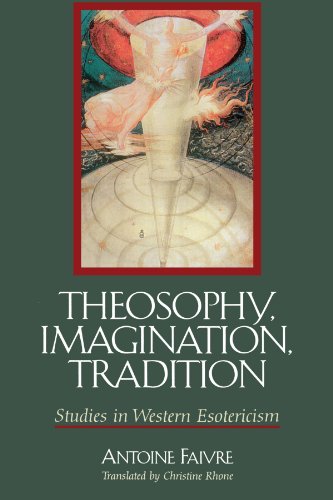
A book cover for Theosophy, Imagination, Tradition: Studies in Western Esotericism (Suny Series in Western Esoteric Traditions); Antoine Faivre; Religion & Spirituality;